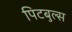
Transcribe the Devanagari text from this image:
पिटबुल्स